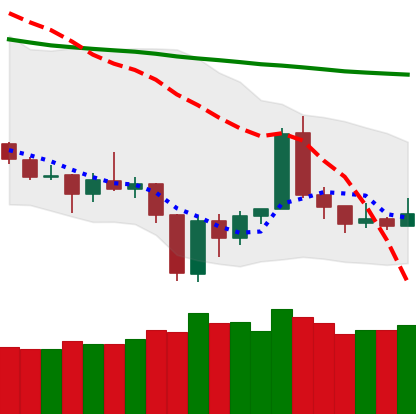
Ticker: TRX-USD
Chart end date: 2019-12-28
Forward return: -4.773%
Label: down_3_5